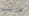
مارست